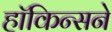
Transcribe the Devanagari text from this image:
हॉकिन्सने